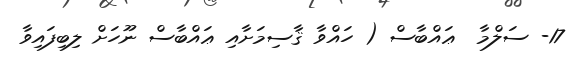
17- ސަލްމާ  ޢައްބާސް ( ހައްވާ ޤާސިމަށާއި ޢައްބާސް ނޫހަށް ލިބިފައިވާ